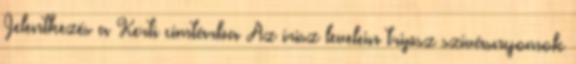
Jelentkezés a Kerti címtárba Az írisz levelein tripsz szívásnyomok